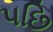
પછિ